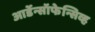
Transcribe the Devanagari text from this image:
आर्डेन्सॉफेन्सिव्ह